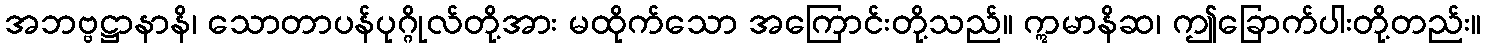
အဘဗ္ဗဋ္ဌာနာနိ၊ သောတာပန်ပုဂ္ဂိုလ်တို့အား မထိုက်သော အကြောင်းတို့သည်။ ဣမာနိဆ၊ ဤခြောက်ပါးတို့တည်း။